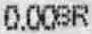
0.00SR